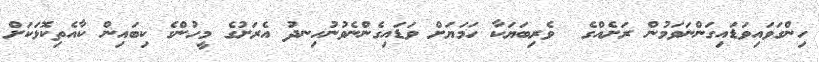
ހިންގަވައިވަޑައިގަންނަވަމުން ރަށެއްގެ  ވެރިބަޔަކާ ހަމަޔަށް ވަޑައިގެންނެވުނުހިނދު އެރަށުގެ މީހުންގެ ކިބައިން ކާއެތިކޮޅަކަށް